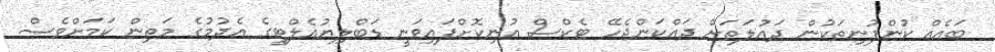
ބައެއް ކުންފުނިތަކުން ދައުލަތަށް ދައްކަންޖެހޭ ޓެކްސް އުނިކޮށްފައިވަނީ ޑަބްލިޔުއެލްޓީގެ އެދުމުގެ މަތިން ކަމަށްވެސް